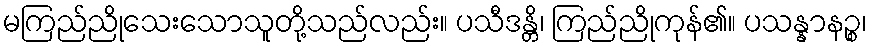
မကြည်ညိုသေးသောသူတို့သည်လည်း။ ပသီဒန္တိ၊ ကြည်ညိုကုန်၏။ ပသန္နာနဉ္စ၊